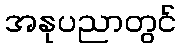
အနုပညာတွင်